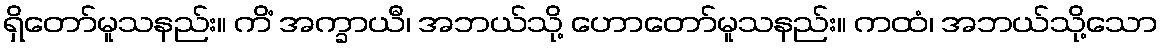
ရှိတော်မူသနည်း။ ကိံ အက္ခာယီ၊ အဘယ်သို့ ဟောတော်မူသနည်း။ ကထံ၊ အဘယ်သို့သော